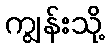
ကျွန်းသို့